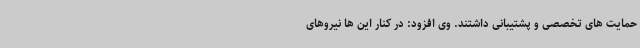
حمایت های تخصصی و پشتیبانی داشتند. وی افزود: در کنار این ها نیروهای